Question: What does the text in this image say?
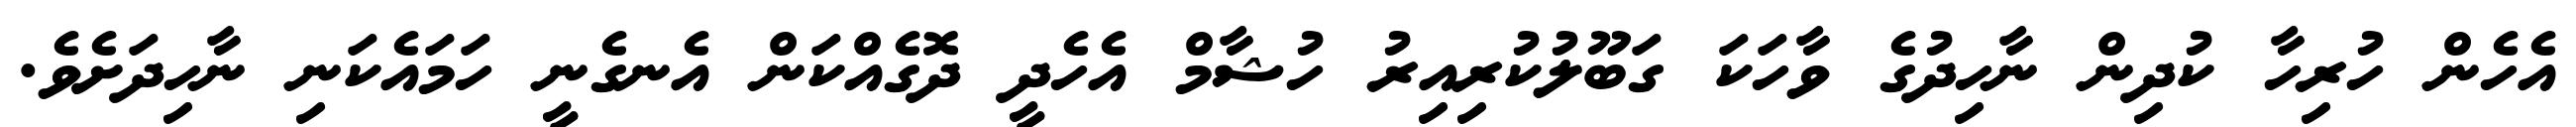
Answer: އެހެން ހުރިހާ ކުދިން ނާހިދުގެ ވާހަކަ ގަބޫލުކުރިއިރު ހުޝާމް އެހެދީ ދޮގެއްކަން އެނގެނީ ހަމައެކަނި ނާހިދަށެވެ.